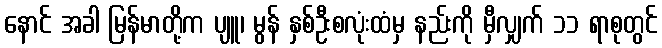
နောင် အခါ မြန်မာတို့က ပျူ၊ မွန် နှစ်ဦးစလုံးထံမှ နည်းကို မှီလျှက် ၁၁ ရာစုတွင်